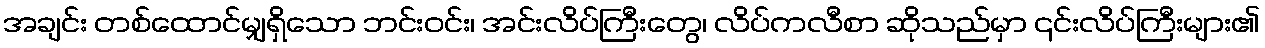
အချင်း တစ်ထောင်မျှရှိသော ဘင်းဝင်း၊ အင်းလိပ်ကြီးတွေ၊ လိပ်ကလီစာ ဆိုသည်မှာ ၎င်းလိပ်ကြီးများ၏